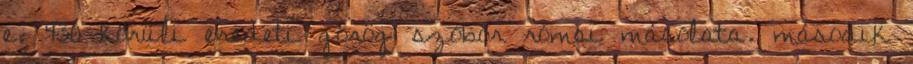
e. 430 körüli eredeti görög szobor római másolata. második